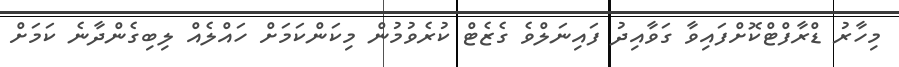
މިހާރު ޑްރާފްޓްކޮށްފައިވާ ގަވާއިދު ފައިނަލްވެ ގެޒެޓް ކުރެވުމުން މިކަންކަމަށް ހައްލެއް ލިބިގެންދާނެ ކަމަށް